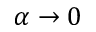
\alpha \to 0